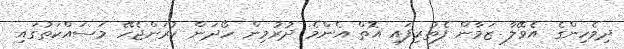
ދިވެހިންގެ އެވޭލާ ޒަމާން ފެތުރިފައި އޮތް އެންމެ ދުރުމިން ހޯދަން ކުރަންޖެހޭ މަސައްކަތުގައި